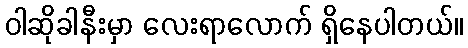
ဝါဆိုခါနီးမှာ လေးရာလောက် ရှိနေပါတယ်။